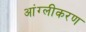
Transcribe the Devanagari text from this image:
आंग्लीकरण